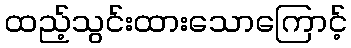
ထည့်သွင်းထားသောကြောင့်